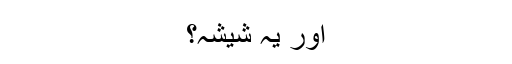
اور یہ شیشہ؟